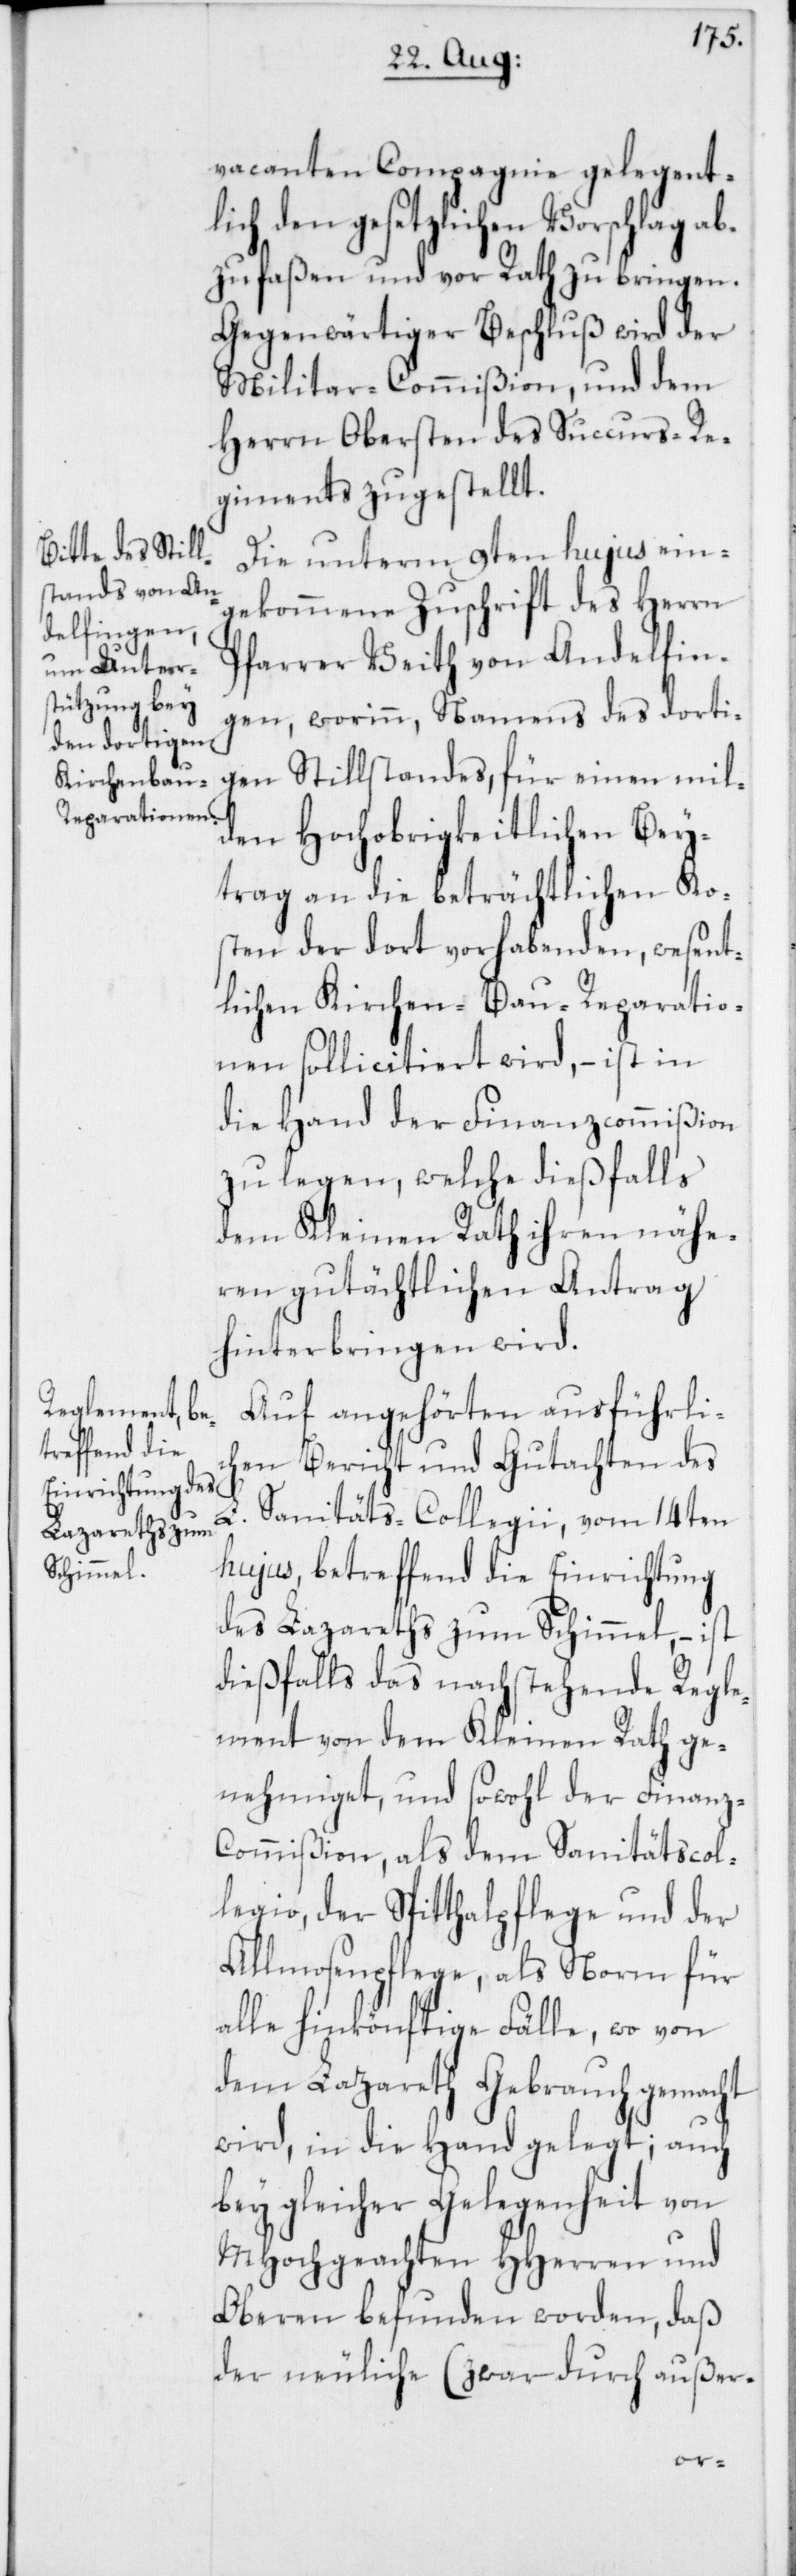
vacanten Compagnie gelegent¬
lich den gesetzlichen Vorschlag a¬
bzufaßen und vor Rath zu bringen.
Gegenwärtiger Beschluß wird der
Militar-Commißion, und dem
Herrn Obersten des Succurs-Re¬
giments zugestellt.
Die unterm 9ten hujus ein¬
gekommene Zuschrift des Herrn
Pfarrer Veith von Andelfin¬
gen, worinn, Namens des dorti¬
gen Stillstandes, für einen mil¬
den Hochobrigkeitlichen Bey¬
trag an die beträchtlichen Ko¬
sten der dort vorhabenden, wesent¬
lichen Kirchen-Bau-Reparatio¬
nen sollicitiert wird, – ist in
die Hand der Finanzcommißion
zu legen, welche dießfalls
dem Kleinen Rath ihren nähe¬
ren gutächtlichen Antrag
hinterbringen wird.
Auf angehörten ausführlic¬
hen Bericht und Gutachten des
L.
Sanitäts-Collegii, vom 14ten
hujus, betreffend die Einrichtung
des Lazareths zum Schimmel, – ist
dießfalls das nachstehende Regle¬
ment von dem Kleinen Rath ge¬
nehmiget, und sowohl der Finanz-C¬
ommißion, als dem Sanitätscol¬
legio, der Spitthalpflege und der
Allmosenpflege, als Norm für
alle hinkönftige Fälle, wo von
dem Lazareth Gebrauch gemacht
wird, in die Hand gelegt; auch
bey gleicher Gelegenheit von
MHochgeachten HHerren und
Oberen befunden worden, daß
der neuliche (zwar durch außer-